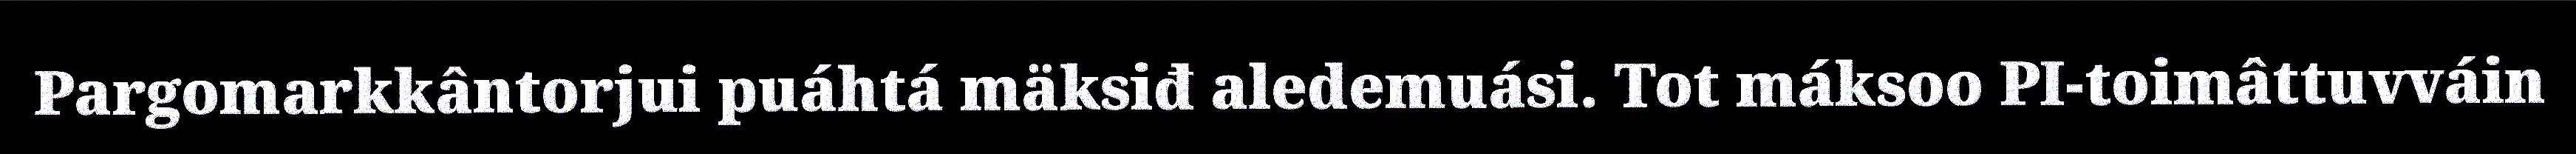
Pargomarkkântorjui puáhtá mäksiđ aledemuási. Tot máksoo PI-toimâttuvváin